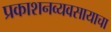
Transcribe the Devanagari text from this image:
प्रकाशनव्यवसायाचा